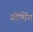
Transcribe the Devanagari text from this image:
थीमिंग